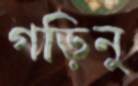
গড়িনু